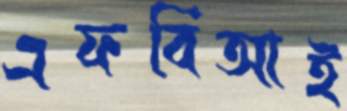
এফবিআই